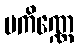
ပကိဏ္ဏေ